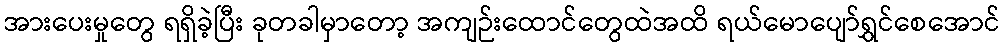
အားပေးမှုတွေ ရရှိခဲ့ပြီး ခုတခါမှာတော့ အကျဉ်းထောင်တွေထဲအထိ ရယ်မောပျော်ရွှင်စေအောင်